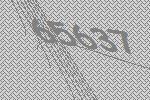
65637